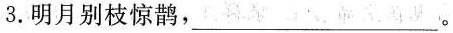
3.明月别枝惊鹊，___。